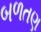
બળતણ